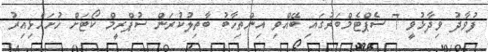
ފުވާދު ވިދާޅުވީ 7 ސެޕްޓެމްބަރުގައި ބޭއްވި އިންތިހާބު ބާތިލުކުރަން ސުޕްރީމް ކޯޓަށް ހުށަހެޅިއިރު